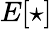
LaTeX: E[\star]